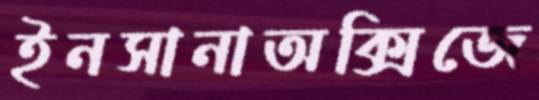
ইনসানাঅক্সিজে